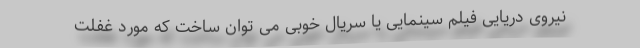
نیروی دریایی فیلم سینمایی یا سریال خوبی می توان ساخت که مورد غفلت